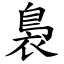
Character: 裊